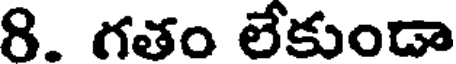
8. గతం లేకుండా